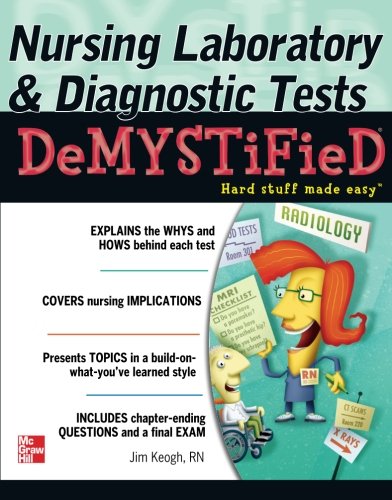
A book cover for Nursing Laboratory and Diagnostic Tests DeMYSTiFied; Jim Keogh; Medical Books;